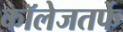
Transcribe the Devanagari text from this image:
कॉलेजतर्फे